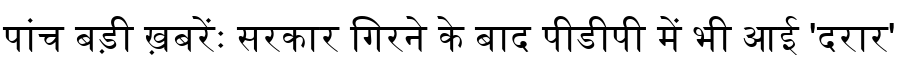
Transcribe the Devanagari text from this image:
पांच बड़ी ख़बरेंः सरकार गिरने के बाद पीडीपी में भी आई 'दरार'